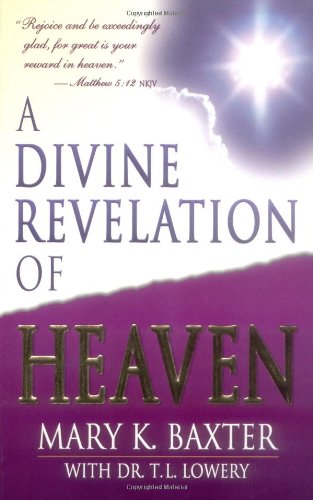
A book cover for A Divine Revelation Of Heaven; Mary K. Baxter; Christian Books & Bibles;